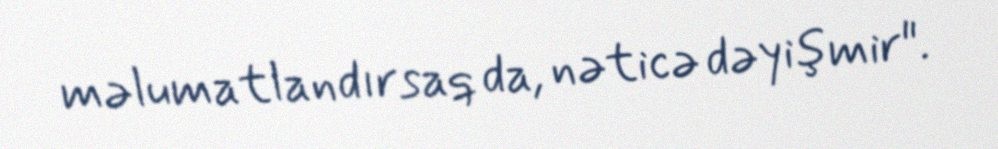
məlumatlandırsaq da, nəticə dəyişmir".